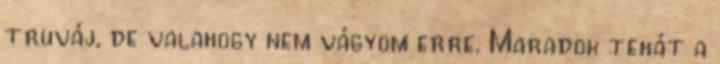
truváj, de valahogy nem vágyom erre. Maradok tehát a